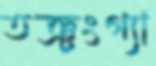
তঞ্চংগ্যা